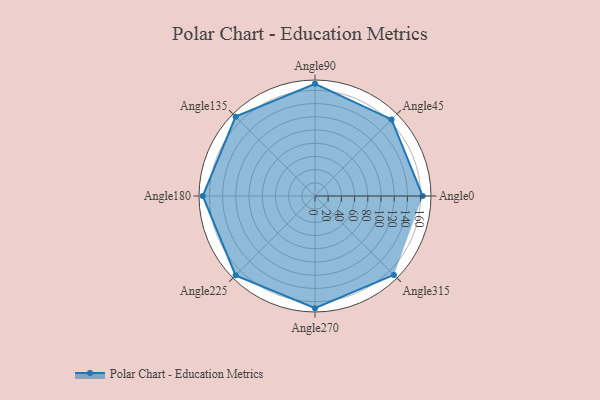
{"axis": {"x": "Angle", "y": "Radius"}, "legend": [""], "data": [{"x": "Angle0", "y": 163.0, "type": ""}, {"x": "Angle45", "y": 164.0, "type": ""}, {"x": "Angle90", "y": 170, "type": ""}, {"x": "Angle135", "y": 170, "type": ""}, {"x": "Angle180", "y": 170.0, "type": ""}, {"x": "Angle225", "y": 170, "type": ""}, {"x": "Angle270", "y": 170.0, "type": ""}, {"x": "Angle315", "y": 169.0, "type": ""}]}